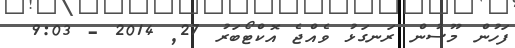
ފަހުން މޫސުން ރަނގަޅު ވެއްޖެ އޮކްޓޯބަރު 27